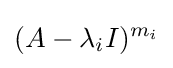
(A-\lambda _{i}I)^{m_{i}}